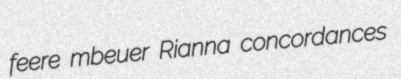
feere mbeuer Rianna concordances